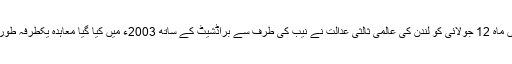
ایک اور عالمی عدالتی فیصلے کی روداد سناتا چلوں کہ رواں ماہ 12 جولائی کو لندن کی عالمی ثالثی عدالت نے نیب کی طرف سے براڈشیٹ کے ساتھ 2003ء میں کیا گیا معاہدہ یکطرفہ طور پر ختم کرنے پر پاکستان کو 33 ملین ڈالر جرمانہ کیا تھا۔